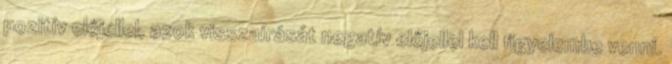
pozitív előjellel, azok visszaírását negatív előjellel kell figyelembe venni.